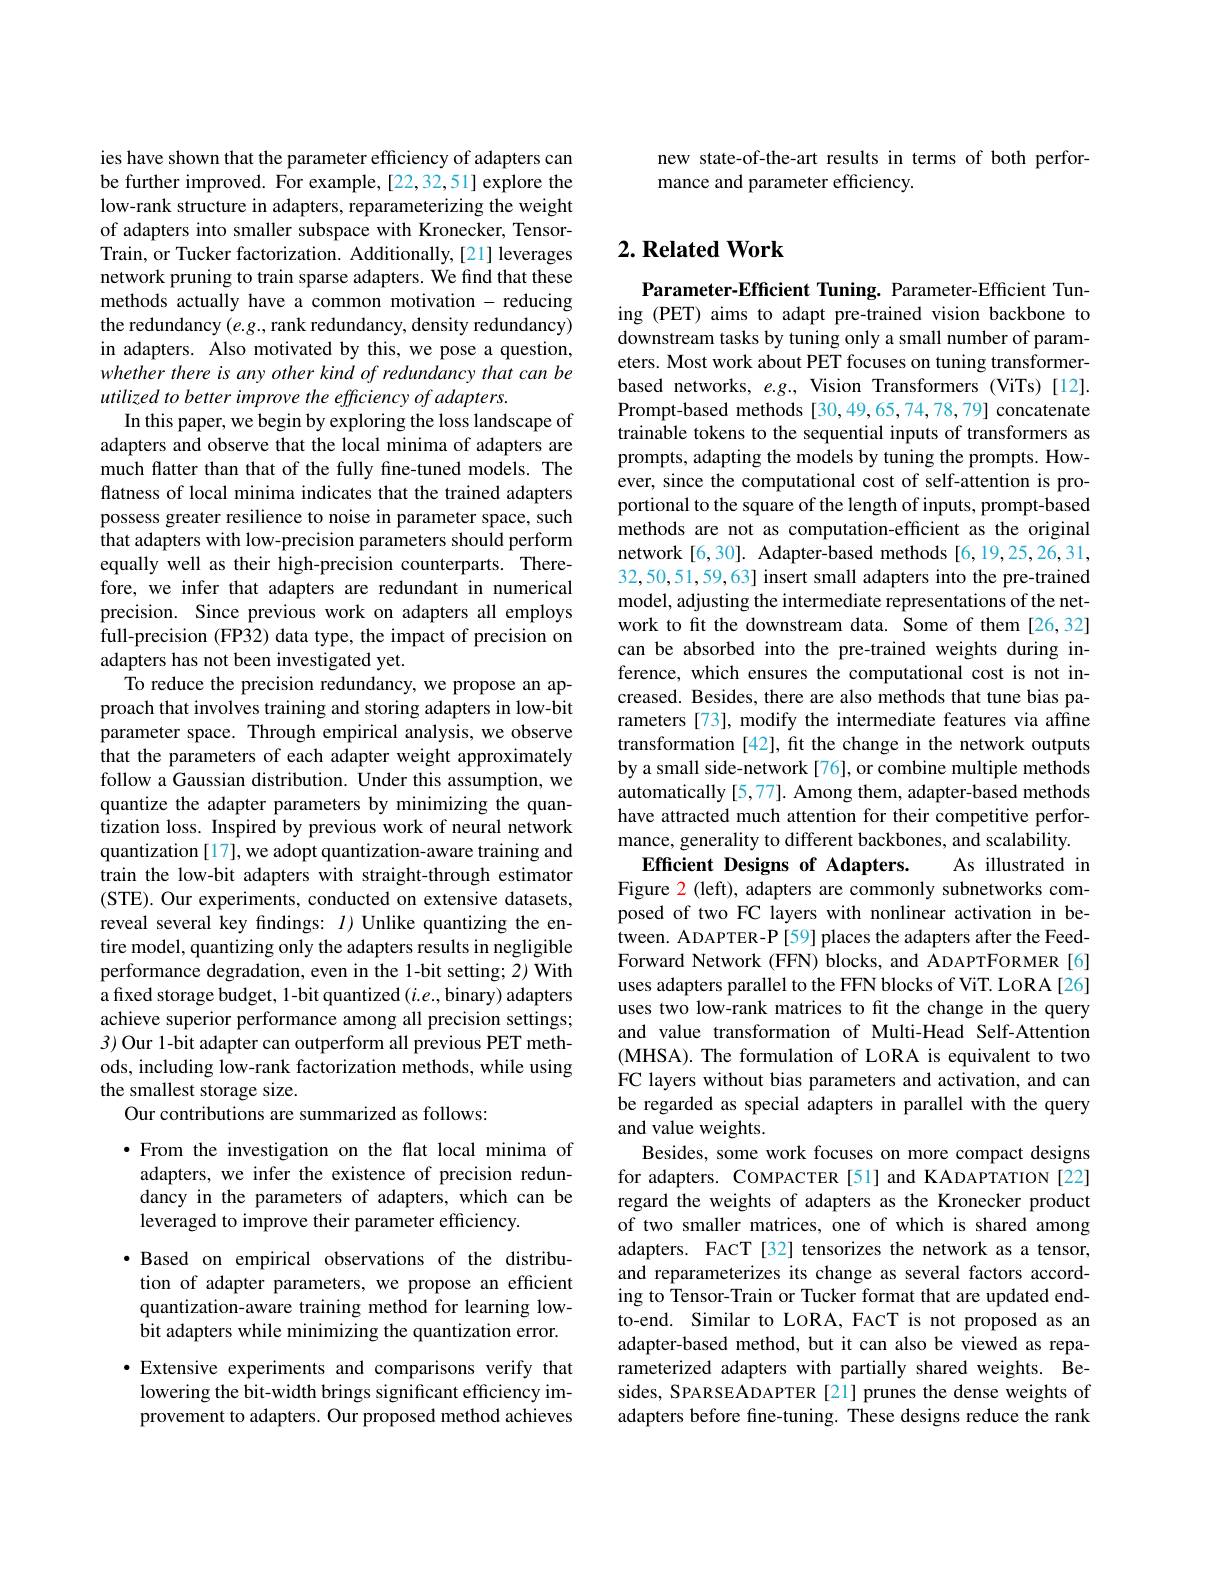
ies have shown that the parameter efficiency of adapters can be further improved. For example, [22,32,51] explore the low-rank structure in adapters, reparameterizing the weight of adapters into smaller subspace with Kronecker, TensorTrain, or Tucker factorization. Additionally,[21] leverages network pruning to train sparse adapters. We find that these methods actually have a common motivation - reducing the redundancy $(e.g.$,rank redundancy, density redundancy) in adapters. Also motivated by this, we pose a question, whether there is any other kind of redundancy that can be utilized to better improve the efficiency of adapters.
In this paper, we begin by exploring the loss landscape of adapters and observe that the local minima of adapters are much flatter than that of the fully fine-tuned models. The flatness of local minima indicates that the trained adapters possess greater resilience to noise in parameter space, such that adapters with low-precision parameters should perform equally well as their high-precision counterparts. Therefore, we infer that adapters are redundant in numerical precision. Since previous work on adapters all employs full-precision (FP32) data type, the impact of precision on adapters has not been investigated yet.
To reduce the precision redundancy, we propose an approach that involves training and storing adapters in low-bit parameter space. Through empirical analysis, we observe that the parameters of each adapter weight approximately follow a Gaussian distribution. Under this assumption, we quantize the adapter parameters by minimizing the quantization loss. Inspired by previous work of neural network quantization [17], we adopt quantization-aware training and train the low-bit adapters with straight-through estimator (STE). Our experiments, conducted on extensive datasets, reveal several key findings: $I$) Unlike quantizing the entire model, quantizing only the adapters results in negligible performance degradation, even in the 1-bit setting; 2) With a fixed storage budget, 1-bit quantized $(i.e.$,binary) adapters achieve superior performance among all precision settings; 3) Our 1-bit adapter can outperform all previous PET methods, including low-rank factorization methods, while using the smallest storage size.
Our contributions are summarized as follows:
·From the investigation on the flat local minima of adapters, we infer the existence of precision redundancy in the parameters of adapters, which can be leveraged to improve their parameter efficiency.
·Based on empirical observations of the distribution of adapter parameters, we propose an efficient quantization-aware training method for learning lowbit adapters while minimizing the quantization error. ·Extensive experiments and comparisons verify that lowering the bit-width brings significant efficiency improvement to adapters. Our proposed method achieves

new state-of-the-art results in terms of both perfor-
mance and parameter efficiency.

## $2. \textbf{Related Work}$

Parameter-Efficient Tuning. Parameter-Efficient Tuning (PET) aims to adapt pre-trained vision backbone to downstream tasks by tuning only a small number of parameters. Most work about PET focuses on tuning transformerbased networks, $e.g.$, Vision Transformers (ViTs)[12]. Prompt-based methods [30,49,65,74,78,79] concatenate trainable tokens to the sequential inputs of transformers as prompts, adapting the models by tuning the prompts. However, since the computational cost of self-attention is proportional to the square of the length of inputs, prompt-based methods are not as computation-efficient as the original network [6,30]. Adapter-based methods [6,19,25,26,31, 32,50,51,59,63] insert small adapters into the pre-trained model, adjusting the intermediate representations of the network to fit the downstream data. Some of them [26,32] can be absorbed into the pre-trained weights during inference, which ensures the computational cost is not increased. Besides, there are also methods that tune bias parameters [73], modify the intermediate features via affine transformation [42], fit the change in the network outputs by a small side-network [76], or combine multiple methods automatically [5,77]. Among them, adapter-based methods have attracted much attention for their competitive performance, generality to different backbones, and scalability.
As illustrated in
Efficient Designs of Adapters.
Figure $\color{red}2$ (left), adapters are commonly subnetworks composed of two FC layers with nonlinear activation in between. ADAPTER-P [59] places the adapters after the FeedForward Network (FFN) blocks, and ADAPTFORMER[6] uses adapters parallel to the FFN blocks of ViT. LoRA[26] uses two low-rank matrices to fit the change in the query and value transformation of Multi-Head Self-Attention (MHSA). The formulation of LoRA is equivalent to two FC layers without bias parameters and activation, and can be regarded as special adapters in parallel with the query and value weights.
Besides, some work focuses on more compact designs for adapters. COMPACTER [51] and KADAPTATION [22] regard the weights of adapters as the Kronecker product of two smaller matrices, one of which is shared among adapters. FACT[32] tensorizes the network as a tensor, and reparameterizes its change as several factors according to Tensor-Train or Tucker format that are updated endto-end. Similar to LORA, FACT is not proposed as an adapter-based method, but it can also be viewed as reparameterized adapters with partially shared weights. Besides, SPARSEADAPTER[21] prunes the dense weights of adapters before fne-tuning. These designs reduce the rank